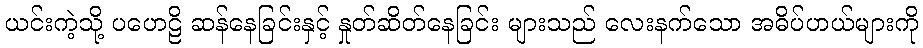
ယင်းကဲ့သို့ ပဟေဠိ ဆန်နေခြင်းနှင့် နှုတ်ဆိတ်နေခြင်း များသည် လေးနက်သော အဓိပ်ပာယ်များကို